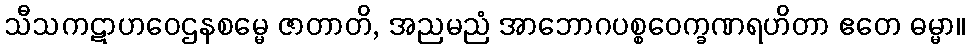
သီသကဋာဟဝေဌနစမ္မေ ဇာတာတိ, အညမညံ အာဘောဂပစ္စဝေက္ခဏရဟိတာ ဧတေ ဓမ္မာ။